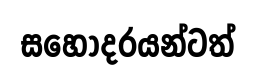
සහෝදරයන්ටත්